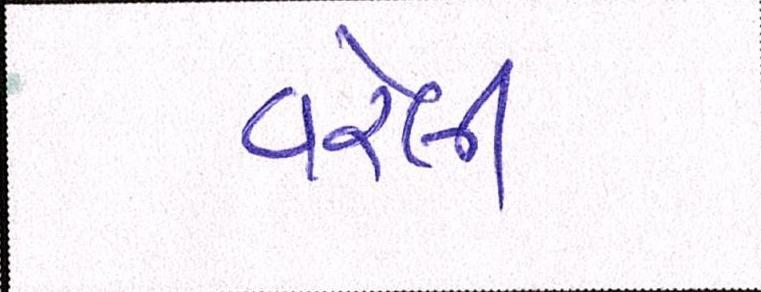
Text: વરેલી